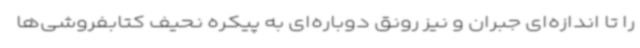
را تا اندازه‌ای جبران و نیز رونق دوباره‌ای به پیکره نحیف کتابفروشی‌ها